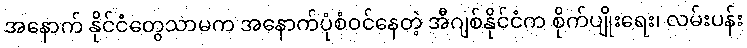
အနောက် နိုင်ငံတွေသာမက အနောက်ပုံစံဝင်နေတဲ့ အီဂျစ်နိုင်ငံက စိုက်ပျိုးရေး၊ လမ်းပန်း